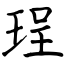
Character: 珵